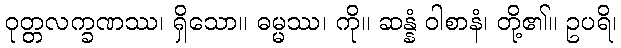
ဝုတ္တလက္ခဏဿ၊ ရှိသော။ ဓမ္မဿ၊ ကို။ ဆန္နံ ဝါစာနံ၊ တို့၏။ ဥပရိ၊